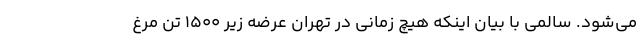
می‌شود. سالمی با بیان اینکه هیچ زمانی در تهران عرضه زیر ۱۵۰۰ تن مرغ